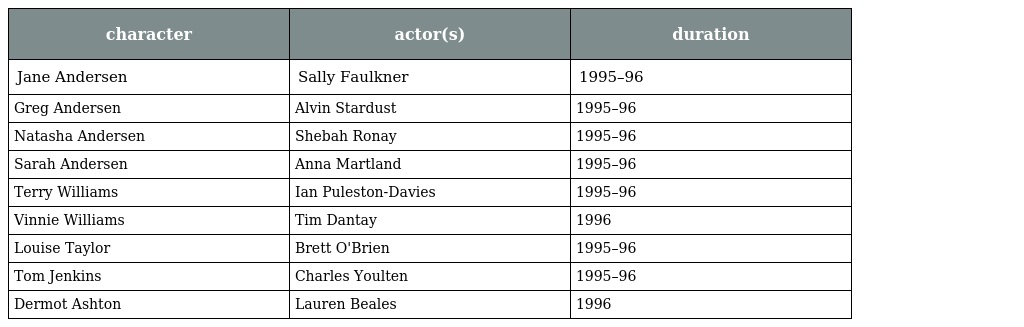
| character | actor(s) | duration |
 | --- | --- | --- |
 | Jane Andersen | Sally Faulkner | 1995–96 |
 | Greg Andersen | Alvin Stardust | 1995–96 |
 | Natasha Andersen | Shebah Ronay | 1995–96 |
 | Sarah Andersen | Anna Martland | 1995–96 |
 | Terry Williams | Ian Puleston-Davies | 1995–96 |
 | Vinnie Williams | Tim Dantay | 1996 |
 | Louise Taylor | Brett O'Brien | 1995–96 |
 | Tom Jenkins | Charles Youlten | 1995–96 |
 | Dermot Ashton | Lauren Beales | 1996 |